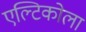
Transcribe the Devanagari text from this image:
एल्टिकोला